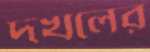
দখলের